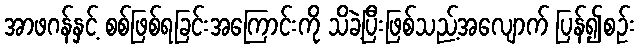
အာဖဂန်နှင့် စစ်ဖြစ်ရခြင်းအကြောင်းကို သိခဲ့ပြီးဖြစ်သည့်အလျောက် ပြန်၍စဉ်း